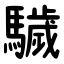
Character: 䮹